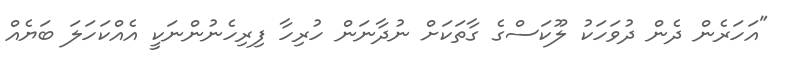
"އަހަރެން ދެން ދުވަހަކު ލޫކަސްގެ ގާތަކަށް ނުދާނަން ހުރިހާ ފިރިހެނުންނަކީ އެއްކަހަލަ ބަޔެއް